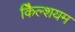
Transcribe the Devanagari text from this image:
कैिल्शयम